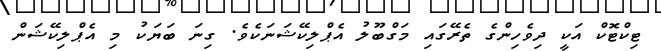
ޓިކްޓޮކް އަކީ ދިވެހިންގެ ތެރޭގައި މަގްބޫލު އެޕްލިކޭޝަނަކެވެ. ގިނަ ބަޔަކު މި އެޕްލިކޭޝަން